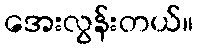
အေးလွန်းတယ်။